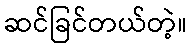
ဆင်ခြင်တယ်တဲ့။